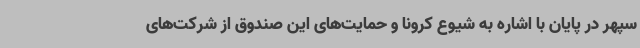
سپهر در پایان با اشاره به شیوع کرونا و حمایت‌های این صندوق از شرکت‌های